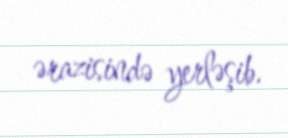
ərazisində yerləşib.